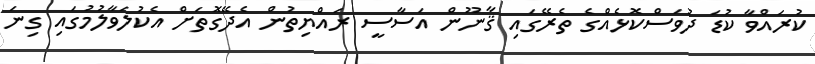
ކުރައްވާ ކުޑަ ދުވަސްކޮޅެއްގެ ތެރޭގައި ޤާނޫން އަސާސީ ރައްޔިތުން އެދޭގޮތަށް އެކުލަވާލުމުގައި ގިނަ